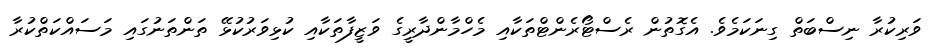
ވަރިކުރާ ނިސްބަތް ގިނަކަމެވެ. އެގޮތުން ރެސްޓޯރެންޓްތަކާއި މެހްމާންދާރީގެ ވަޒީފާތަކާއި ކުޅިވަރުކުޅޭ ތަންތަނުގައި މަސައްކަތްކުރާ